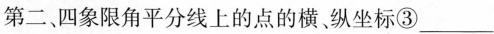
第二、四象限角平分线上的点的横纵坐标③___